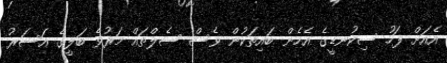
އެއަށް ފަހު ސިކުނޑީގެ އެހެން ބައިތަކުން ވެސް ސެލްތައް މަރުވެ ބަލީގެ އަސަރު